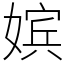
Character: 嫔